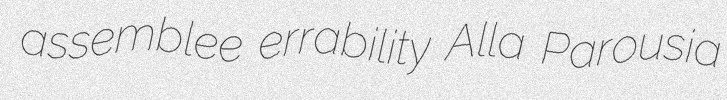
assemblee errability Alla Parousia